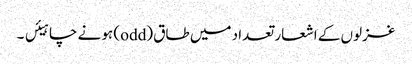
غزلوں کے اشعار تعداد میں طاق (odd) ہونے چاہیئں ۔